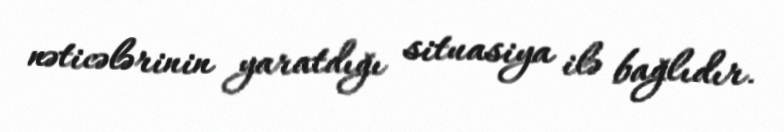
nəticələrinin yaratdığı situasiya ilə bağlıdır.